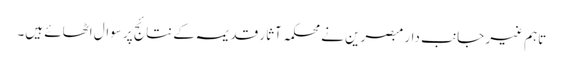
تاہم غیر جانب دار مبصرین نے محکمہ آثارِ قدیمہ کے نتائج پر سوال اٹھائے ہیں۔